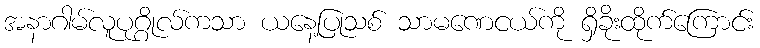
အနာဂါမ်လူပုဂ္ဂိုလ်ကသာ ယနေ့ပြုသစ် သာမဏေငယ်ကို ရှိခိုးထိုက်ကြောင်း